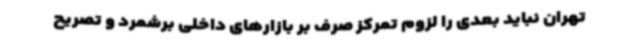
تهران نباید بعدی را لزوم تمرکز صرف بر بازارهای داخلی برشمرد و تصریح